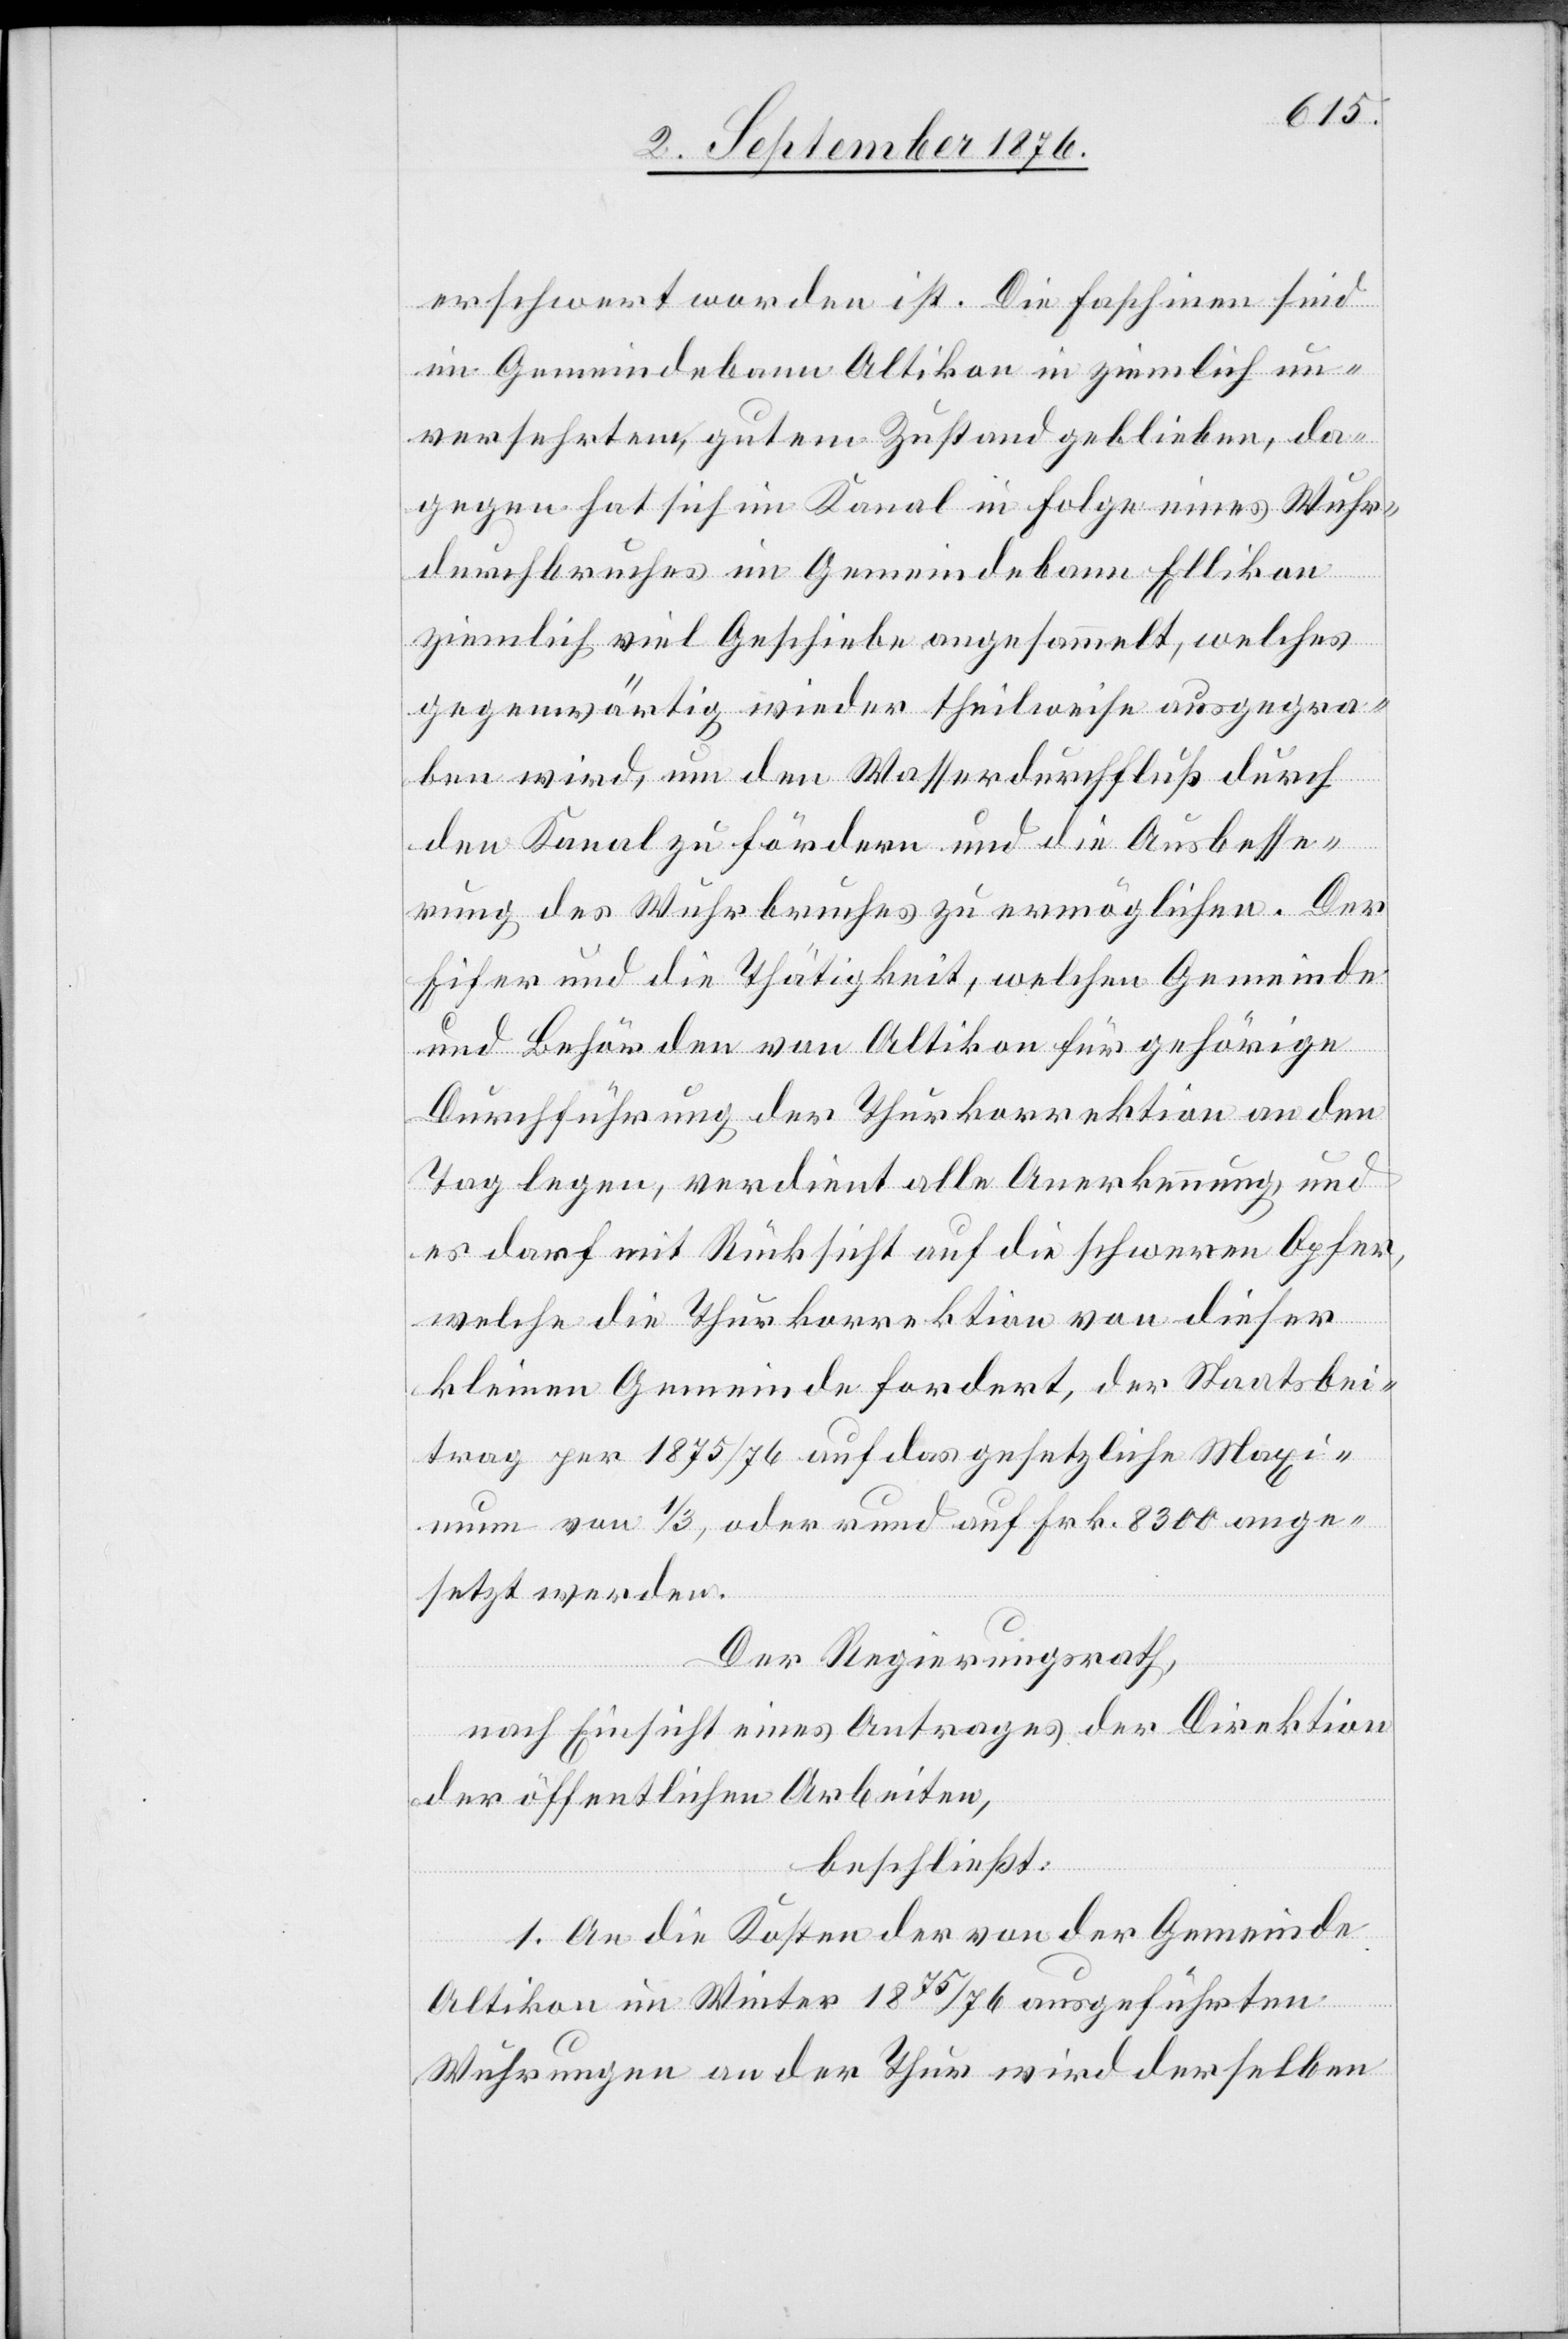
erschwert worden ist. Die Faschinen sind
im Gemeindebann Altikon in ziemlich un¬
versehrtem, gutem Zustand geblieben, da¬
gegen hat sich im Kanal in Folge eines Wuhr¬
durchbruches im Gemeindebann Ellikon
ziemlich viel Geschiebe angesammelt, welches
gegenwärtig wieder theilweise ausgegra¬
ben wird, um den Wasserdurchfluß durch
den Kanal zu fördern und die Ausbesse¬
rung des Wuhrbruches zu ermöglichen. Der
Eifer und die Thätigkeit, welchen Gemeinde
und Behörden von Altikon für gehörige
Durchführung der Thurkorrektion an den
Tag legen, verdient alle Anerkennung, und
es darf mit Rücksicht auf die schweren Opfer,
welche die Thurkorrektion von dieser
kleinen Gemeinde fordert, der Staatsbei¬
trag per 1875/76 auf das gesetzliche Maxi¬
mum von 1/3, oder rund auf Frk. 8300 ange¬
setzt werden.
Der Regierungsrath,
nach Einsicht eines Antrages der Direktion
der öffentlichen Arbeiten,
beschließt:
1. An die Kosten der von der Gemeinde
Altikon im Winter 1875/76 ausgeführten
Wuhrungen an der Thur wird derselben